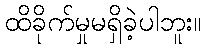
ထိခိုက်မှုမရှိခဲ့ပါဘူး။